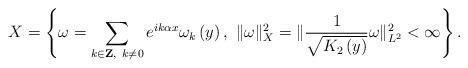
LaTeX: \begin{align*}X=\left\{ \omega=\sum_{k\in\mathbf{Z},\ k\neq0}e^{ik\alpha x}\omega_{k}\left( y\right) ,\ \Vert\omega\Vert_{X}^{2}=\Vert\frac{1}{\sqrt{K_{2}\left( y\right) }}\omega\Vert_{L^{2}}^{2}<\infty\right\} .\end{align*}